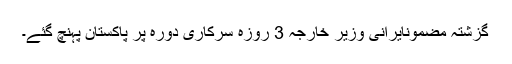
گزشتہ مضمونایرانی وزیر خارجہ 3 روزہ سرکاری دورہ پر پاکستان پہنچ گئے۔